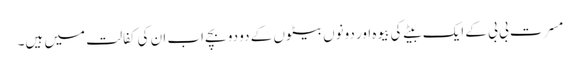
مسرت بی بی کے ایک بیٹے کی بیوہ اور دونوں بیٹوں کے دو دو بچے اب ان کی کفالت میں ہیں۔